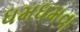
ધમધમવા